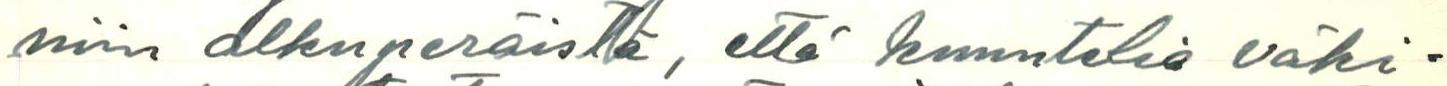
niin alkuperäistä, että kuuntelia väki-